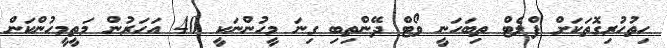
ހިތުހުރިގޮތަކަށް ފްލެޓް ތިބަހަނީ ވޯޓް ދޭންތިބި ގިިނަ މީހުންނަކީ 40 އަހަރުން މަތީމީހުންކަން